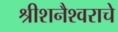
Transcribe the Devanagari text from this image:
श्रीशनैश्वराचे